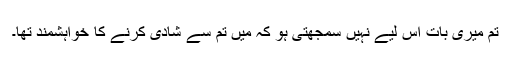
تم میری بات اس لیے نہیں سمجھتی ہو کہ میں تم سے شادی کرنے کا خواہشمند تھا۔